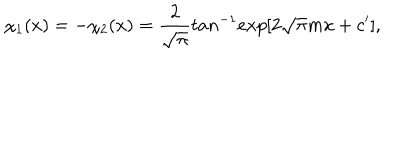
\chi _ { 1 } ( x ) = - \chi _ { 2 } ( x ) = \frac { 2 } { \sqrt { \pi } } t a n ^ { - 1 } e x p [ 2 \sqrt { \pi } m x + c ^ { \prime } ] ,